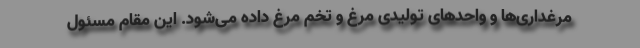
مرغداری‌ها و واحدهای تولیدی مرغ و تخم مرغ داده می‌شود. این مقام مسئول